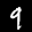
Label: 9